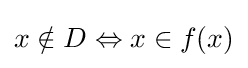
x\notin D\Leftrightarrow x\in f(x)